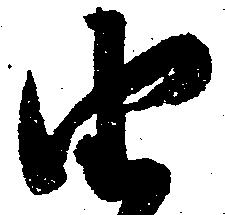
由